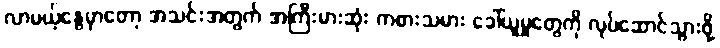
လာမယ့်နွေမှာတော့ အသင်းအတွက် အကြီးမားဆုံး ကစားသမား ခေါ်ယူမှုတွေကို လုပ်ဆောင်သွားဖို့